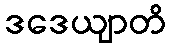
ဒဒေယျာတိ